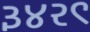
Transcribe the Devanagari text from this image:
३४२९